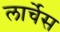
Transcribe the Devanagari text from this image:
लार्चेस